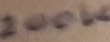
Text: 200K